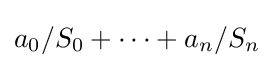
a_{0}/S_{0}+\cdots +a_{n}/S_{n}